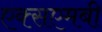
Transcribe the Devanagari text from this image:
एक्सएमबी